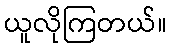
ယူလိုကြတယ်။